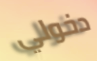
دخولي